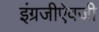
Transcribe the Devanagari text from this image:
इंग्रजीऐवजी